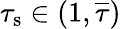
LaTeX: \tau_{\mathrm{s}}\in(1,\overline{{\tau}})